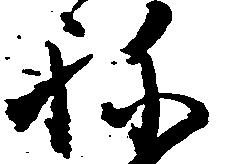
ね